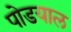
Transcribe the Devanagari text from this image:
पोडयाल